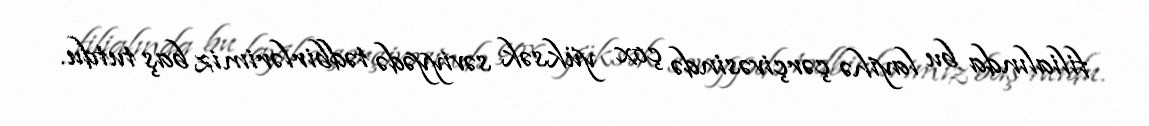
filialında bu layihə çərçivəsində çox yüksək səviyyədə tədbirlərimiz baş tutdu.